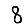
Digit: 8